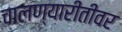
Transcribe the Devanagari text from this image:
चालण्यारीतीवर